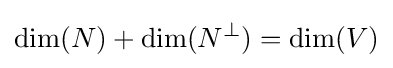
\dim(N)+\dim(N^{\perp })=\dim(V)